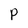
Character: P